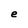
Character: e